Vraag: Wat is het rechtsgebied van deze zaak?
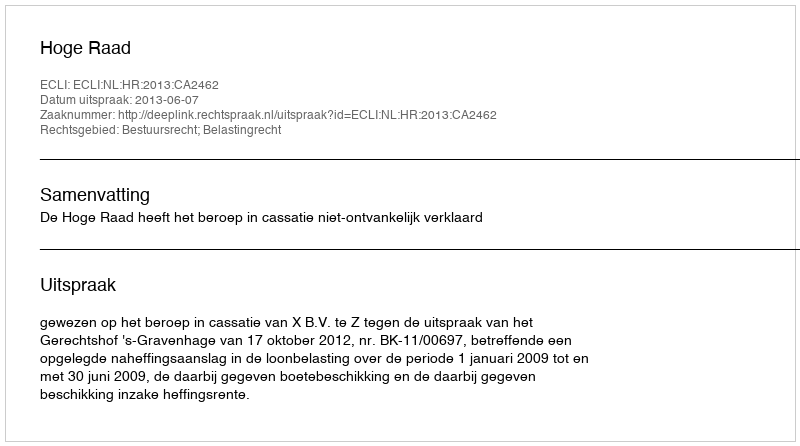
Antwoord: Bestuursrecht; Belastingrecht